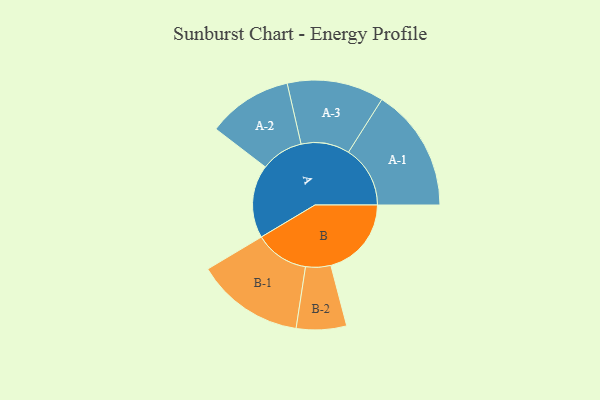
{"axis": {"x": "Segment", "y": "Value"}, "legend": ["", "A", "B"], "data": [{"x": "A", "y": 341, "type": ""}, {"x": "B", "y": 376, "type": ""}, {"x": "A-1", "y": 288, "type": "A"}, {"x": "A-2", "y": 198, "type": "A"}, {"x": "A-3", "y": 226, "type": "A"}, {"x": "B-1", "y": 252, "type": "B"}, {"x": "B-2", "y": 117, "type": "B"}]}